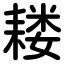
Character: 耧